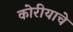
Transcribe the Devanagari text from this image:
कोरीयाचे